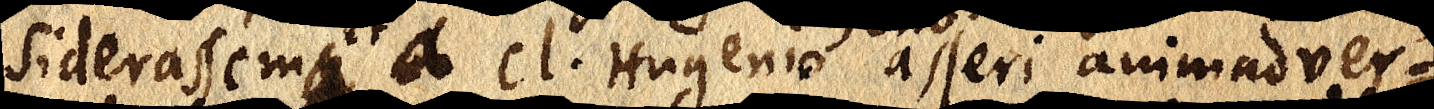
siderassem _ et a cl. Hugeniuo asseri animadver-